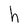
Character: h